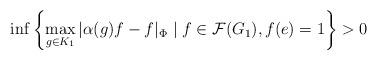
LaTeX: \begin{align*}\inf\left\{ \max_{g \in K_1} |\alpha(g)f-f|_{\Phi} \mid f \in {\mathcal F}(G_1),f(e) = 1\right\} > 0\end{align*}